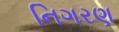
નિગરણ